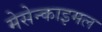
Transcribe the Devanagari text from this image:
मेसेन्काइमल